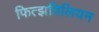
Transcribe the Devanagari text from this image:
फित्झविलियम